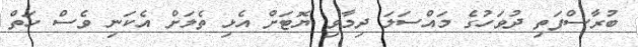
ބުރާސްފަތި ދުވަހުގެ މައްސަލަ ދިމާވި ޔޮޓަށް އެޅި ތެލަށް އެކަނި ވެސް ހަތް